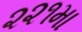
૨૨૧મા